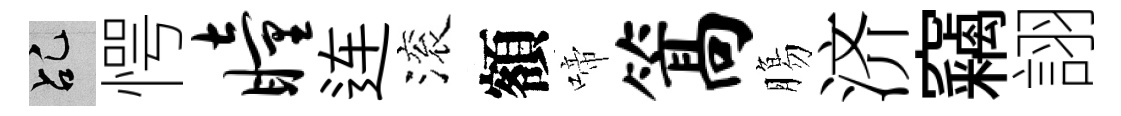
乩愕瞳连滚額啼篙膓济竊詡